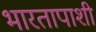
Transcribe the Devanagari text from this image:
भारतापाशी